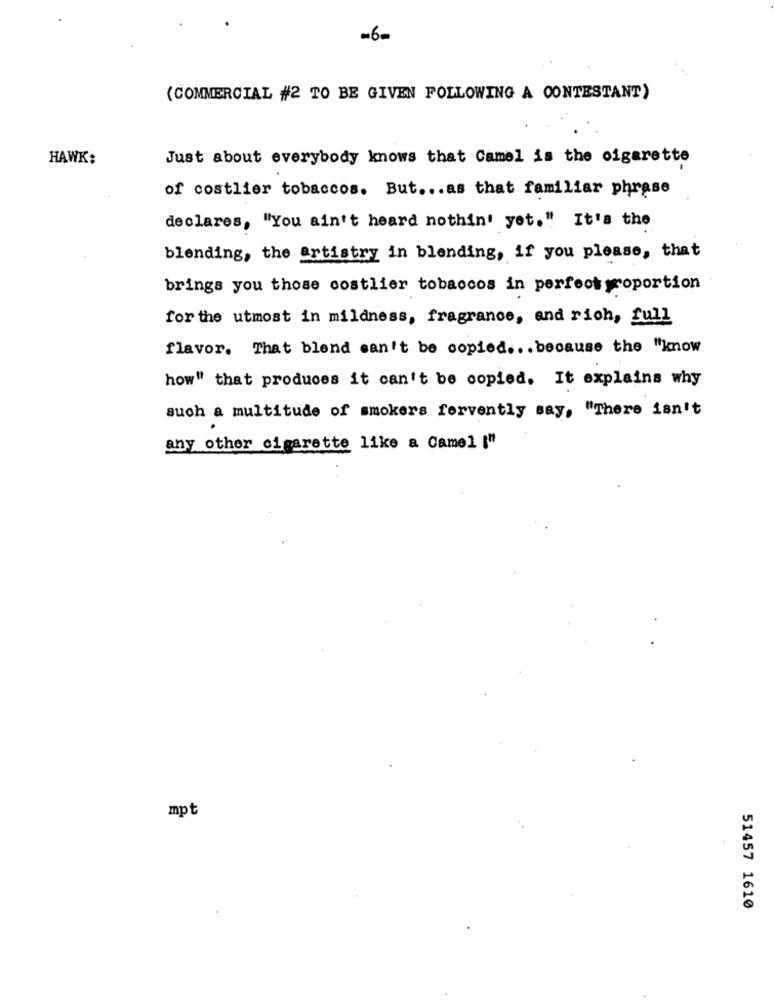
-6
(COMMERCIAL #2 TO BE GIVEN FOLLOWING A CONTESTANT)
HAWK:
Just about everybody knows that Camel is the cigarette
of costlier tobaccos. But ... as that familiar phrase
declares, "You ain't heard nothin' yet." It's the
blending, the artistry in blending, if you please, that
brings you those costlier tobaccos in perfect yoportion
for the utmost in mildness, fragrance, and rich, full
flavor. That blend can't be copied ... because the "know
how" that produces it can't be copied. It explains why
such a multitude of smokers fervently say, "There isn't
any other cigarette like a Camel ["
mpt
51457 1610